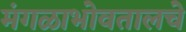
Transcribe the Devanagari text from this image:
मंगळाभोवतालचे